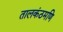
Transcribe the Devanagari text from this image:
तालकंठमणि